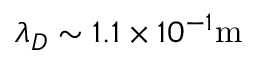
\lambda _ { D } \sim 1 . 1 \times 1 0 ^ { - 1 } \mathrm { m }